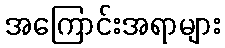
အကြောင်းအရာများ